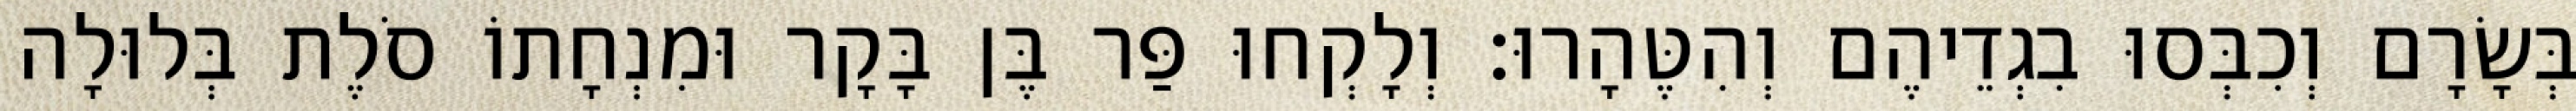
בְּשָׂרָם וְכִבְּסוּ בִגְדֵיהֶם וְהִטֶּהָרוּ׃ וְלָקְחוּ פַּר בֶּן בָּקָר וּמִנְחָתוֹ סֹלֶת בְּלוּלָה